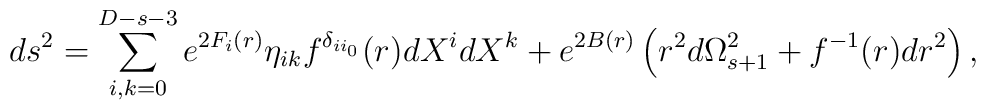
ds^2=\sum_{i,k=0}^{D-s-3}e^{2F_{i}(r)}          \eta_{ik}f^{\delta_{ii_0}}(r)dX^i dX^k         +e^{2B(r)}         \left(           r^2 d\Omega^2_{s+1}+f^{-1}(r)dr^2         \right),